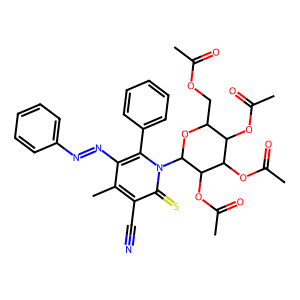
SMILES: CC(=O)OCC1OC(n2c(-c3ccccc3)c(N=Nc3ccccc3)c(C)c(C#N)c2=S)C(OC(C)=O)C(OC(C)=O)C1OC(C)=O
Inhibits HIV replication: No